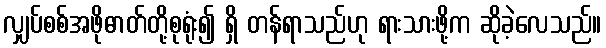
လျှပ်စစ်အဖိုဓာတ်တို့စုရုံး၍ ရှိ တန်ရာသည်ဟု ရားသားဖို့က ဆိုခဲ့လေသည်။